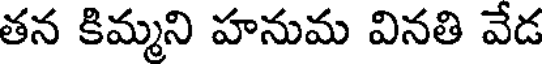
తన కిమ్మని హనుమ వినతి వేడ